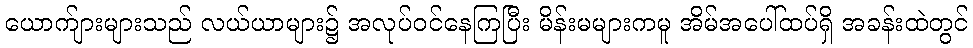
ယောက်ျားများသည် လယ်ယာများ၌ အလုပ်ဝင်နေကြပြီး မိန်းမများကမူ အိမ်အပေါ်ထပ်ရှိ အခန်းထဲတွင်